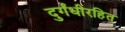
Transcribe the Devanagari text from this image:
दुर्गंधीरहित